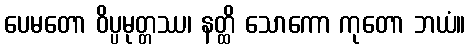
ပေမတော ဝိပ္ပမုတ္တဿ၊ နတ္ထိ သောကော ကုတော ဘယံ။